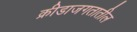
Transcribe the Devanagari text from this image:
क्रीडाजगतातील